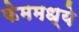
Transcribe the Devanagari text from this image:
फेममध्ये